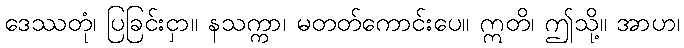
ဒေဿတုံ၊ ပြခြင်းငှာ။ နသက္ကာ၊ မတတ်ကောင်းပေ။ ဣတိ၊ ဤသို့။ အာဟ၊